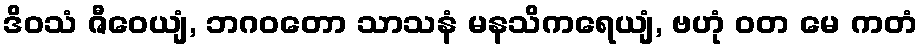
ဒိဝသံ ဇီဝေယျံ, ဘဂဝတော သာသနံ မနသိကရေယျံ, ဗဟုံ ဝတ မေ ကတံ